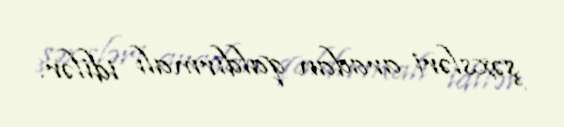
şəxsləri aradan qaldırmalı idilər.